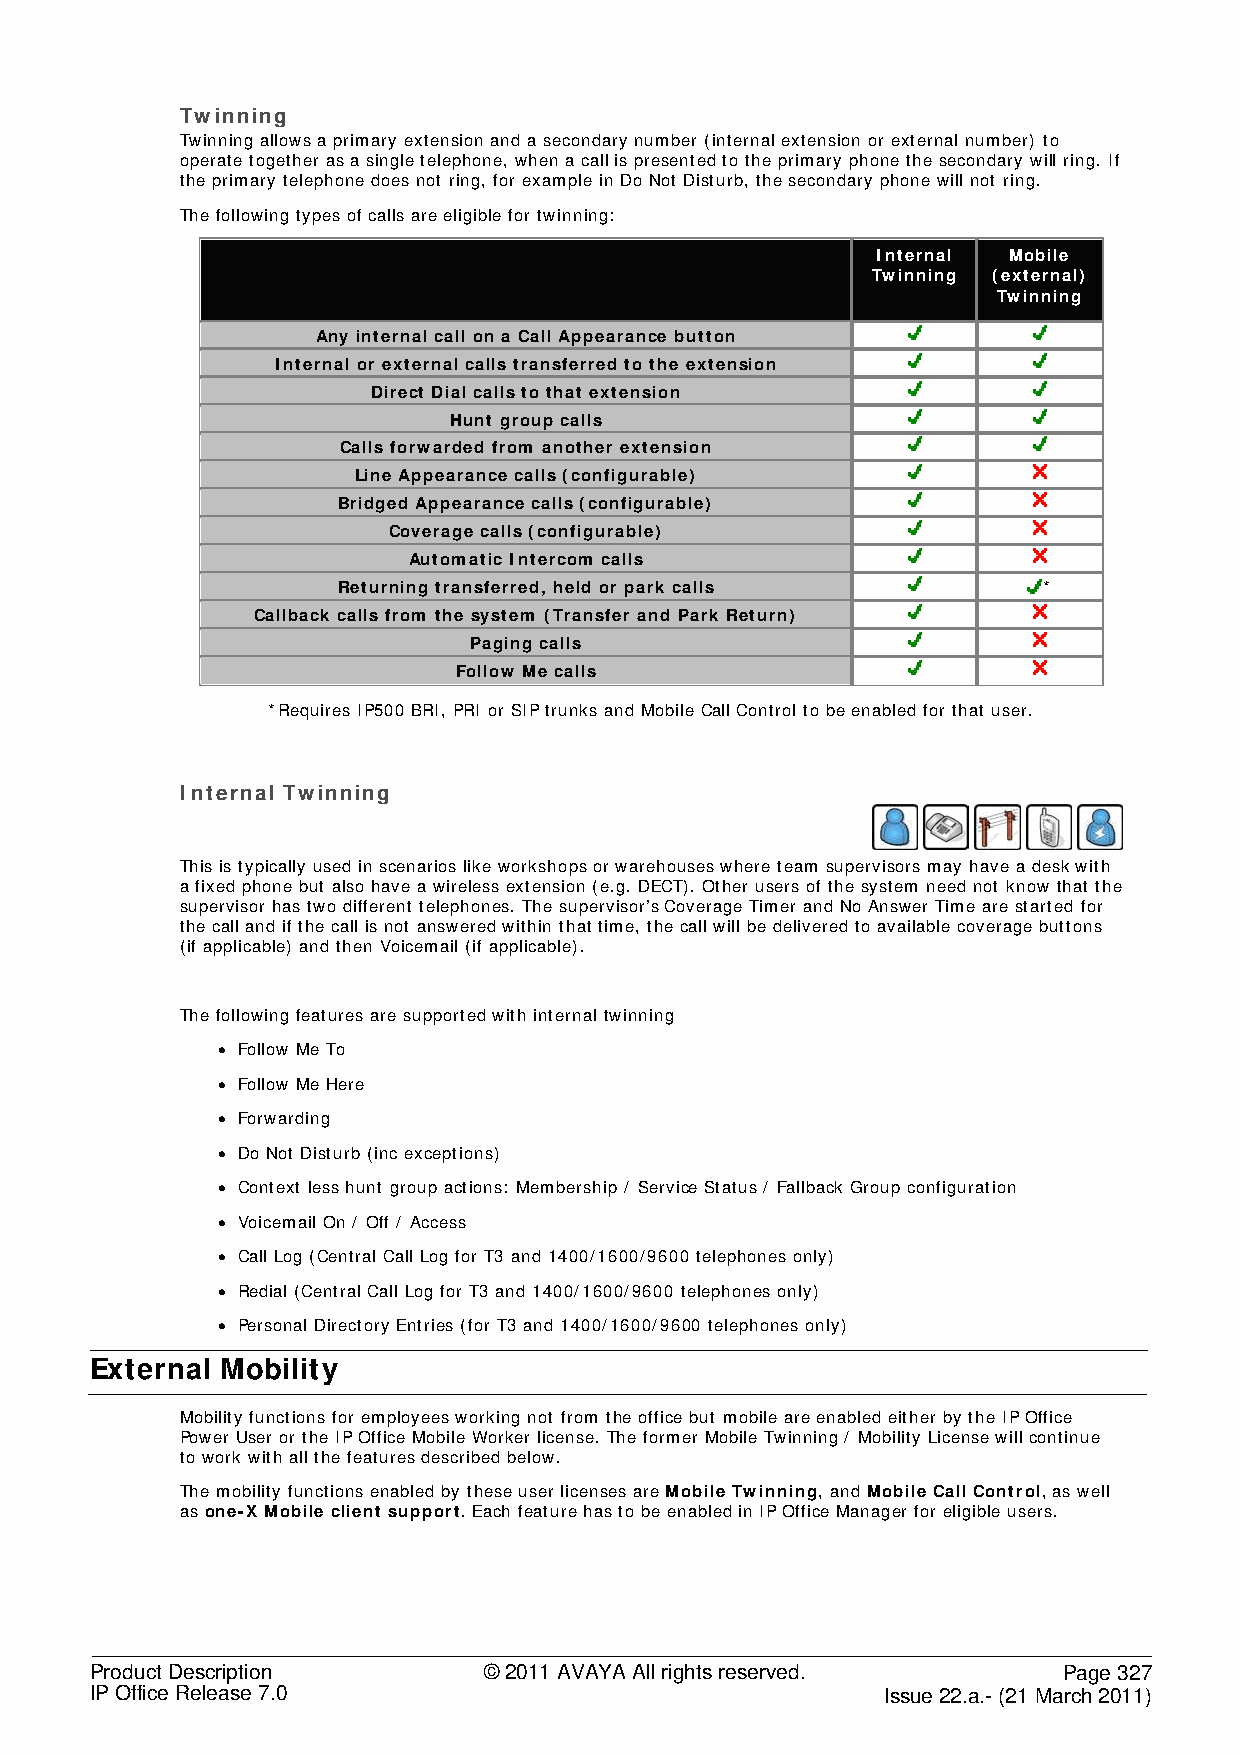
Twinning
 Twinning allows a primary extension and a secondary number (internal extension or external number) to
 operate together as a single telephone, when a call is presented to the primary phone the secondary will ring. If
 the primary telephone does not ring, for example in Do Not Disturb, the secondary phone will not ring.
 The following types of calls are eligible for twinning:
 Internal Mobile
 Twinning (external)
 Twinning
 Any internal call on a Call Appearance button
 Internal or external calls transferred to the extension
 Direct Dial calls to that extension
 Hunt group calls
 Calls forwarded from another extension
 Line Appearance calls (configurable)
 Bridged Appearance calls (configurable)
 Coverage calls (configurable)
 Automatic Intercom calls
 Returning transferred, held or park calls      *
 Callback calls from the system (Transfer and Park Return)
 Paging calls
 Follow Me calls
 *Requires IP500 BRI, PRI or SIP trunks and Mobile Call Control to be enabled for that user.
 Internal Twinning
 This is typically used in scenarios like workshops or warehouses where team supervisors may have a desk with
 a fixed phone but also have a wireless extension (e.g. DECT). Other users of the system need not know that the
 supervisor has two different telephones. The supervisor’s Coverage Timer and No Answer Time are started for
 the call and if the call is not answered within that time, the call will be delivered to available coverage buttons
 (if applicable) and then Voicemail (if applicable).
 The following features are supported with internal twinning
 • Follow Me To
 • Follow Me Here
 • Forwarding
 • Do Not Disturb (inc exceptions)
 • Context less hunt group actions: Membership / Service Status / Fallback Group configuration
 • Voicemail On / Off / Access
 • Call Log (Central Call Log for T3 and 1400/1600/9600 telephones only)
 • Redial (Central Call Log for T3 and 1400/1600/9600 telephones only)
 • Personal Directory Entries (for T3 and 1400/1600/9600 telephones only)
 External Mobility
 Mobility functions for employees working not from the office but mobile are enabled either by the IP Office
 Power User or the IP Office Mobile Worker license. The former Mobile Twinning / Mobility License will continue
 to work with all the features described below.
 The mobility functions enabled by these user licenses are Mobile Twinning, and Mobile Call Control, as well
 as one-X Mobile client support. Each feature has to be enabled in IP Office Manager for eligible users.
 Product Description       © 2011 AVAYA All rights reserved.     Page 327
 IP Office Release 7.0                                Issue 22.a.- (21 March 2011)